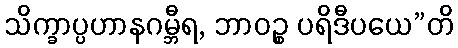
သိက္ခာပ္ပဟာနဂမ္ဘီရ, ဘာဝဉ္စ ပရိဒီပယေ”တိ